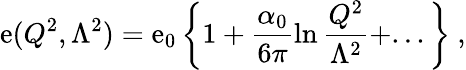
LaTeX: \mathrm{e}(Q^{2},\Lambda^{2})=\mathrm{e}_{0}\left\{ 1+\frac{{\alpha_{0}}}{{6\pi}}\ln\frac{{Q^{2}}}{{\Lambda^{2}}}+...\right\} ~,